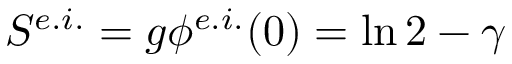
S ^ { e . i . } = g \phi ^ { e . i . } ( 0 ) = \ln 2 - \gamma